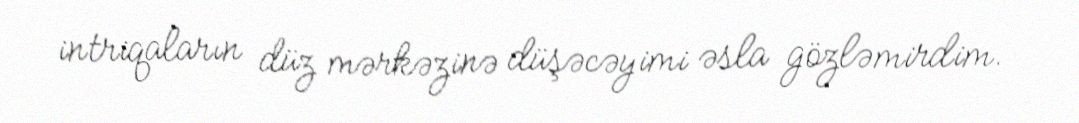
intriqaların düz mərkəzinə düşəcəyimi əsla gözləmirdim.